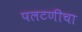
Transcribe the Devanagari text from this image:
पलटणीचा